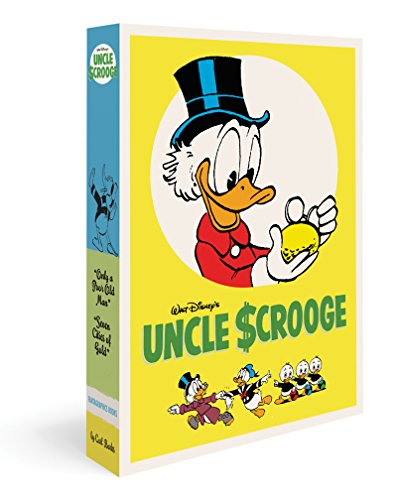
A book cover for Walt Disney's Uncle Scrooge Gift Box Set: "Only A Poor Old Man" And "The Seven Cities Of Gold" (The Carl Barks Library); Carl Barks; Comics & Graphic Novels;